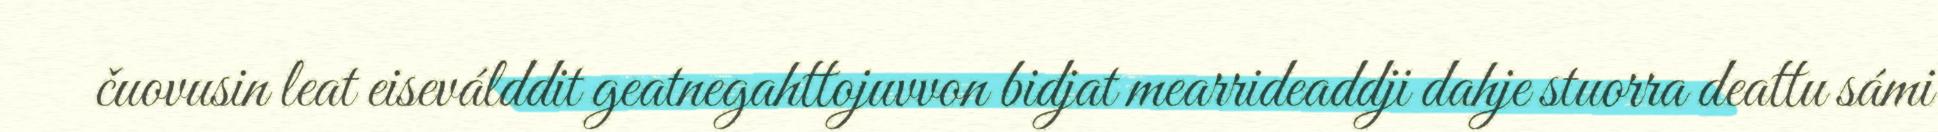
čuovusin leat eiseválddit geatnegahttojuvvon bidjat mearrideaddji dahje stuorra deattu sámi